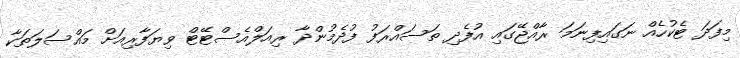
މިފަދަ ޓެކުހެއް ނަގައިފިނަމަ ރާއްޖޭގައި އުފެދި ތަސައްރަފު ފުދެމުންދާ ރިއަލްއެސްޓޭޓް ވިޔަފާރިއަށް މައްސަލަތަކާ